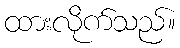
ထားလိုက်သည်။